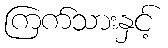
ကြက်သားနှင့်